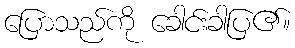
ပြောသည်ကို ခေါင်းခါပြ၏။